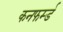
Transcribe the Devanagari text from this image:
कनफर्म्ड